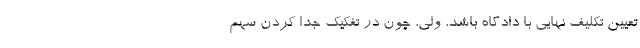
تعیین تکلیف نهایی با دادگاه باشد، ولی، چون در تفکیک جدا کردن سهم